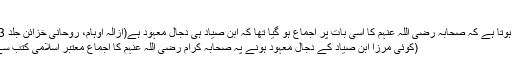
)
اس سے یہ بھی ثابت ہوتا ہے کہ صحابہ رضی اللہ عنہم کا اسی بات پر اجماع ہو گیا تھا کہ ابن صیاد ہی دجال معہود ہے(ازالہ اوہام، روحانی خزائن جلد 3 صفحہ 211 حاشیہ)
(کوئی مرزا ابن صیاد کے دجال معہود ہونے پہ صحابہ کرام رضی اللہ عنہم کا اجماع معتبر اسلامی کتب سے ثابت کر سکتا ہے؟